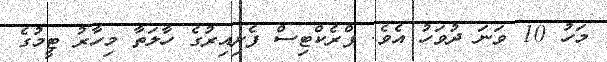
މަހު 10 ވަނަ ދުވަހު އެވެ. ޕްރެކްޓިސް ފެށިއިރުގެ ހާލަތާ މިހާރު ޓީމުގެ